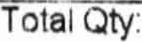
TOTAL QTY: